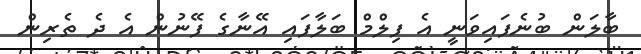
ބާލަން ބުނެފައިވަނީ އެ ފިލްމް ބަލާފައި އޭނާގެ ފޭނުން އެ ދެ ތެރިން